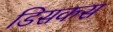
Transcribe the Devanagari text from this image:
डिसकस